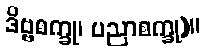
ဒိဗ္ဗစက္ခု၊ ပညာစက္ခု)။